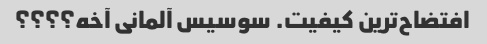
افتضاح‌ترین کیفیت. سوسیس آلمانی آخه؟؟؟؟